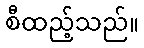
စီထည့်သည်။